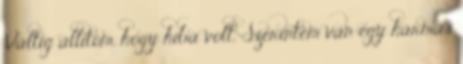
Váltig állítom, hogy hiba volt. Szerintem van egy hármas